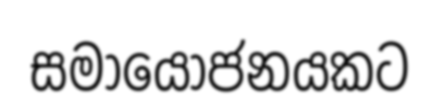
සමායෝජනයකට